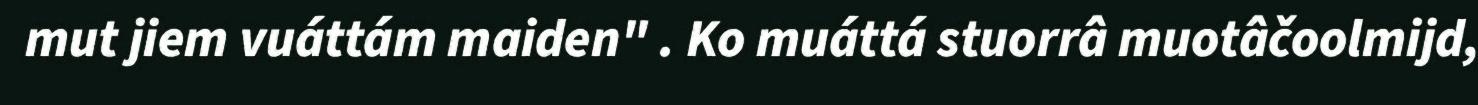
mut jiem vuáttám maiden" . Ko muáttá stuorrâ muotâčoolmijd,